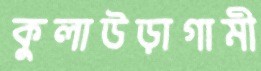
কুলাউড়াগামী